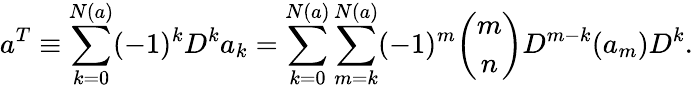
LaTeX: a^{T}\equiv\sum_{k=0}^{N(a)}(-1)^{k}D^{k}a_{k}=\sum_{k=0}^{N(a)}\sum_{m=k}^{N(a)}(-1)^{m}{\binom{m}{n}}D^{m-k}(a_{m})D^{k}.